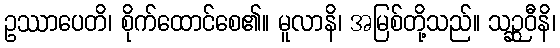
ဥဿာပေတိ၊ စိုက်ထောင်စေ၏။ မူလာနိ၊ အမြစ်တို့သည်။ သဉ္ဆဝီနိ၊